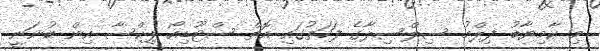
މި ކާމިޔާބު ފިލްމު ސިލްސިލާގެ ފަހަތުގައި އޮތް ސްޓޫޑިއޯ ޕިކްސާ އިން ބުނަނީ